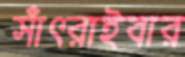
সাঁৎরাইবার